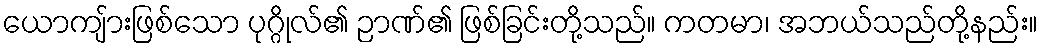
ယောကျ်ားဖြစ်သော ပုဂ္ဂိုလ်၏ ဉာဏ်၏ ဖြစ်ခြင်းတို့သည်။ ကတမာ၊ အဘယ်သည်တို့နည်း။